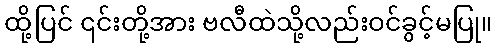
ထို့ပြင် ၎င်းတို့အား ဗလီထဲသို့လည်းဝင်ခွင့်မပြု။